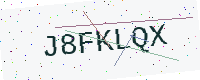
Text: J8FKLQX